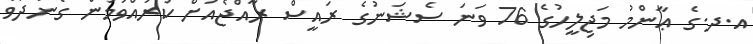
އ.ދ.ގެ ޢާންމު މަޖިލީހުގެ 76 ވަނަ ސެޝަނުގެ ރައީސް ރާއްޖެއަށް ކުރައްވަމުން ގެންދަވާ